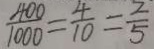
\frac { 4 0 0 } { 1 0 0 0 } = \frac { 4 } { 1 0 } = \frac { 2 } { 5 }